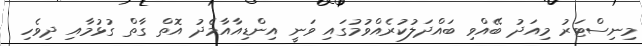
މިނިސްޓަރު މިއަދު ބޭއްވި ބައްދަލުކުރެއްވުމުގައި ވަނީ އިންޑިއާއާމެދު އޮތް ގާތް ގުޅުމާއި ދިވެހި